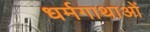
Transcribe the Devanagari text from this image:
धर्मगाथाओं